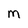
Character: m